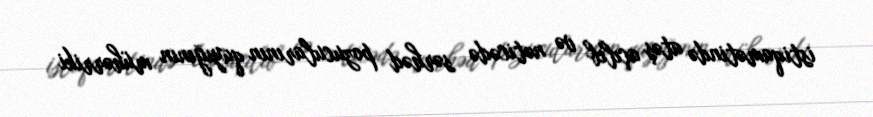
istiqamətində atəş açılıb və nəticədə sərhəd pozucularının qayığının mühərriki